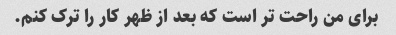
برای من راحت تر است که بعد از ظهر کار را ترک کنم.